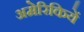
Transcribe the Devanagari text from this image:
अमेरिकियें